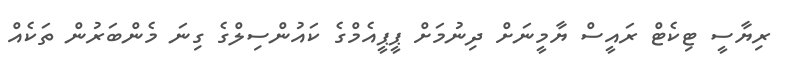
ރިޔާސީ ޓިކެޓް ރައީސް ޔާމީނަށް ދިނުމަށް ޕީޕީއެމްގެ ކައުންސިލްގެ ގިނަ މެންބަރުން ތަކެއް